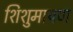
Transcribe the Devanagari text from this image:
शिशुमायण